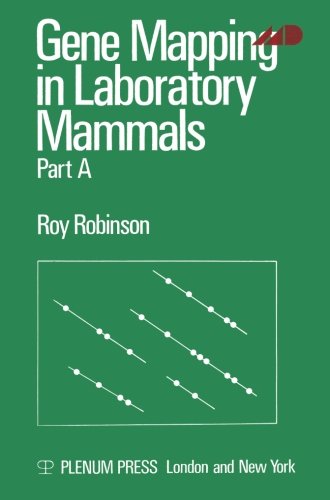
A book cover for Gene Mapping in Laboratory Mammals: Part A; Roy. Robinson; Medical Books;